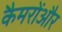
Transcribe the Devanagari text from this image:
कैमरोंऔर